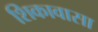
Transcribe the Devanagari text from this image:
शिकावासा